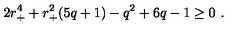
2 r _ { + } ^ { 4 } + r _ { + } ^ { 2 } ( 5 q + 1 ) - q ^ { 2 } + 6 q - 1 \ge 0 \ .